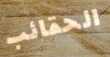
الحقائب